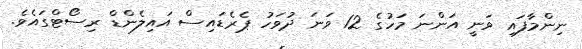
ނިންމާފައި ވަނީ އަންނަ މަހުގެ 12 ވަނަ ދުވަހު ޕެރެޑައިސް އައިލެންޑް ރިސޯޓްގައެވެ.